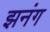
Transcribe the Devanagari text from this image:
झनंग